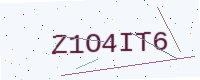
Text: Z1O4IT6